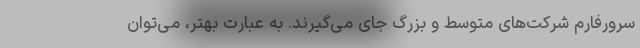
سرورفارم شرکت‌های متوسط و بزرگ جای می‌گیرند. به عبارت بهتر، می‌توان